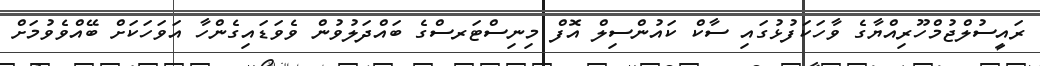
ރައީސުލްޖުމްހޫރިއްޔާގެ ވާހަކަފުޅުގައި ސާކް ކައުންސިލް އޮފް މިނިސްޓަރސްގެ ބައްދަލުވުން ވެވަޑައިގެންހާ އަވަހަކަށް ބޭއްވެވުމަށް